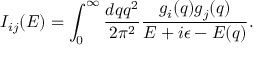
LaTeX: I _ { i j } ( E ) = \int _ { 0 } ^ { \infty } \frac { d q q ^ { 2 } } { 2 \pi ^ { 2 } } \frac { g _ { i } ( q ) g _ { j } ( q ) } { E + i \epsilon - E ( q ) } .